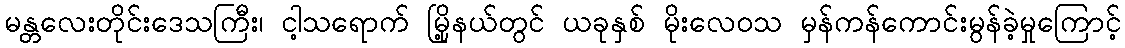
မန္တလေးတိုင်းဒေသကြီး၊ ငါ့သရောက် မြို့နယ်တွင် ယခုနှစ် မိုးလေဝသ မှန်ကန်ကောင်းမွန်ခဲ့မှုကြောင့်